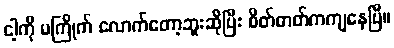
ငါ့ကို မကြိုက် လောက်တော့ဘူးဆိုပြီး စိတ်ဓာတ်ကကျနေပြီ။